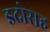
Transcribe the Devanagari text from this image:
इदोसह